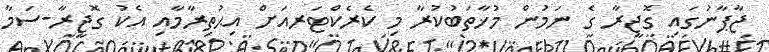
ޖާޕާނުގައި ގޮޖީރާ ގެ ނަމުން މުޚާތަބުކުރާ މި ކެރެކްޓަރއަށް އިޙުތިރާމާއި އެކު ގޮޖީރާ-ސަމާ